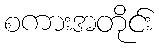
စကားအတိုင်း